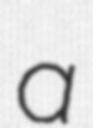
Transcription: a